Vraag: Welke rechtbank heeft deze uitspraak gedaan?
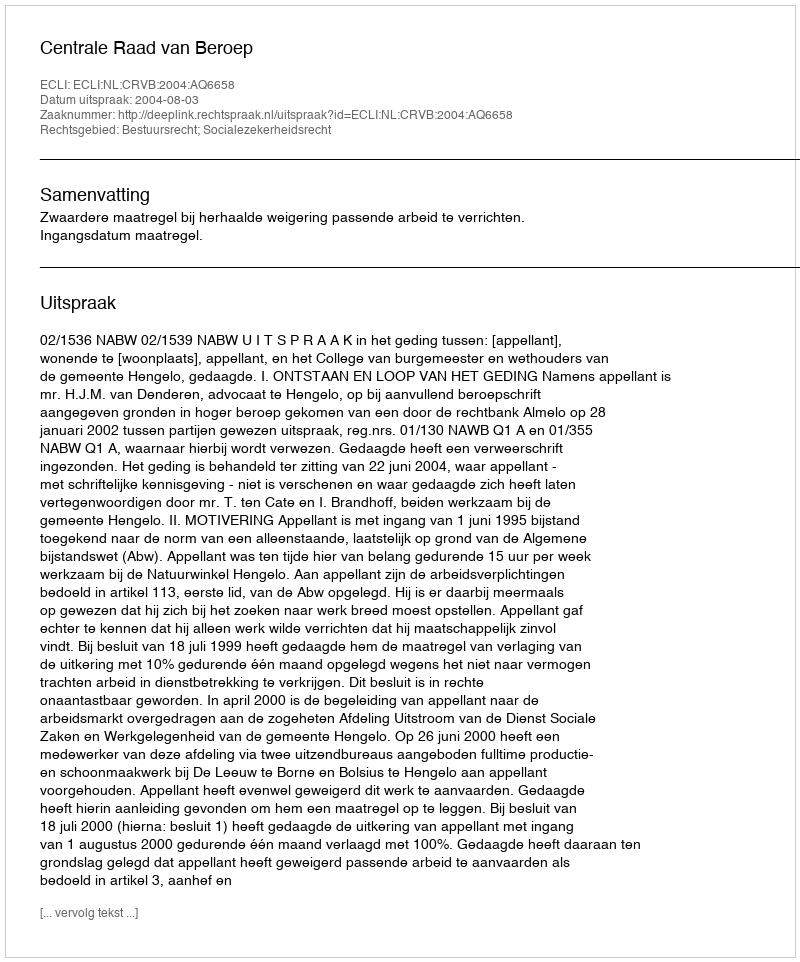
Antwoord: Centrale Raad van Beroep